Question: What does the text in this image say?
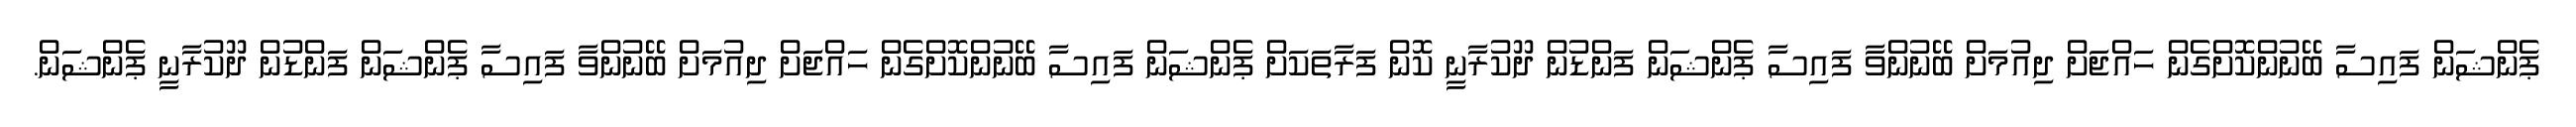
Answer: ޕެންޝަން ފައިސާ ބޭނުންކޮށްގެން ހައްޖަށް ދިއުމަށް ބޭނުންވާ ފައިސާ ޕެންޝަން ފަންޑުން ދޫކުރާނީ ކޮން ފަރާތަކަށް ޕެންޝަން ފައިސާ ބޭނުންކޮށްގެން ހައްޖަށް ދިއުމަށް ބޭނުންވާ ފައިސާ ޕެންޝަން ފަންޑުން ދޫކުރާނީ ޕެންޝަން.